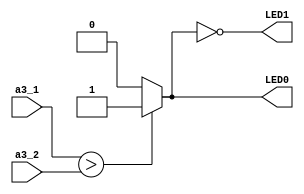
// This program was cloned from: https://github.com/weenslab/fpga101
// License: MIT License

`timescale 1ns / 1ps
//////////////////////////////////////////////////////////////////////////////////
// Company: Kyushu Institute of Technology
// 
// Design Name:    Neural Network (using backpropagation)
// Module Name: gen_comp
// Project Name:   LSI Design Contest in Okinawa 2018
// Target Devices: 
// Tool Versions: 
//
// Description: 
// 		compare the value of a3_1 and a3_2
// Input :
//		a3_1 : 16 bits :
//		a3_2 : 16 bits :
// Output :
//		LED0 : 1 bit
//		LED1 : 1 bit
// Dependencies: 
// 
// Revision:
// Revision 0.01 - File Created
// Additional Comments:
// 
//////////////////////////////////////////////////////////////////////////////////


module gen_comp(
    input [15:0]    a3_1,
    input [15:0]    a3_2,
    output          LED0,
    output          LED1
    );

    assign LED0 = (a3_1 > a3_2) ? 1'b1 : 1'b0;
    assign LED1 = ~LED0;    
endmodule